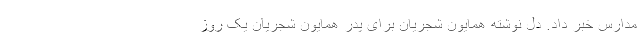
مدارس خبر داد. دل نوشته همایون شجریان برای پدر همایون شجریان یک روز